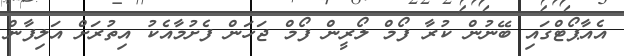
އެއާޕޯޓްގައި ބޭނުން ކުރާ ފޯމް ލޯރީން ފޯމް ޖަހަން ފެށުމާއެކު އިތުރަށް އަލިފާން